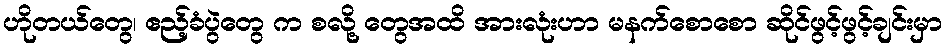
ဟိုတယ်တွေ၊ ဧည့်ခံပွဲတွေ က စလို့ တွေအထိ အားလုံးဟာ မနက်စောစော ဆိုင်ဖွင့်ဖွင့်ချင်းမှာ